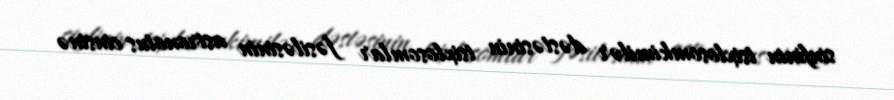
sinfinin tsixlosomkimilər dəstəsinin tsixlosomlar fəsiləsinin astronotus cinsinə